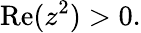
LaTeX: \operatorname{Re}(z^{2})>0.